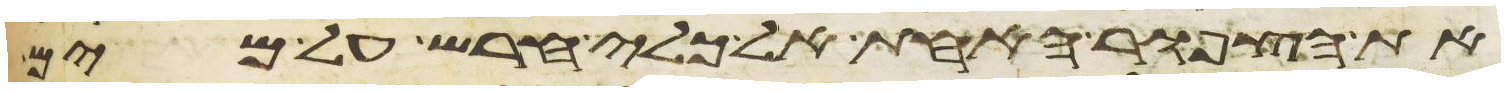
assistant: את הצפור האחת אל כלי חרש על מים